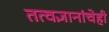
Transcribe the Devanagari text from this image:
तत्वज्ञानांचेही